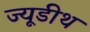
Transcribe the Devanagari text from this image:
ज्यूडीथ